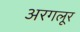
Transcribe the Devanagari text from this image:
अरगलूर